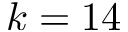
k = 1 4